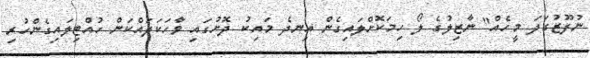
ނުފޫޒުގަދަ މީހެއް" ނާޒިލުގެ ލޯ ހިމަކޮށްލައިގެން އިނދެ މައިކު ދޮށުގައި ވާހަކަދައްކަން ހުއްޓިލައިގެންހުރި